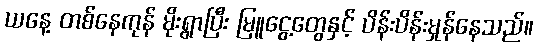
ယနေ့ တစ်နေကုန် မိုးရွာပြီး မြူငွေ့တွေနှင့် ပိန်းပိန်းမှုန်နေသည်။